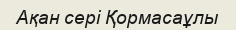
Ақан сері Қормасаұлы